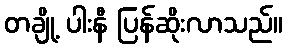
တချို့ ပါးနီ ပြန်ဆိုးလာသည်။